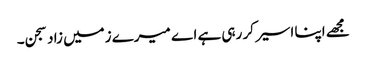
مجھے اپنا اسیر کر رہی ہے اے میرے زمیں زاد سجن۔